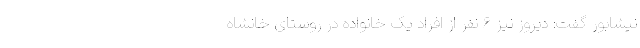
نیشابور گفت: دیروز نیز ۶ نفر از افراد یک خانواده در روستای خانشاه